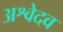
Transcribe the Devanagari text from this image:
अश्वेदव